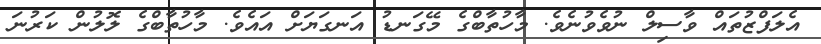
އެލަފްޒުތައް ވާސިލް ނުވެވުނެވެ. މާހުތާބްގެ މޭގަނޑު އަނގަޔަށް އައެވެ. މާހުތާބްގެ ލޮލުން ކަރުނަ